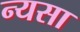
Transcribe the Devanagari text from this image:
न्यसा